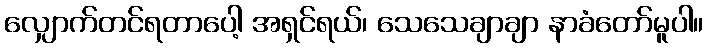
လျှောက်တင်ရတာပေါ့ အရှင်ရယ်၊ သေသေချာချာ နာခံတော်မူပါ။